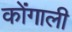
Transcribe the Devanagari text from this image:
कोंगाली